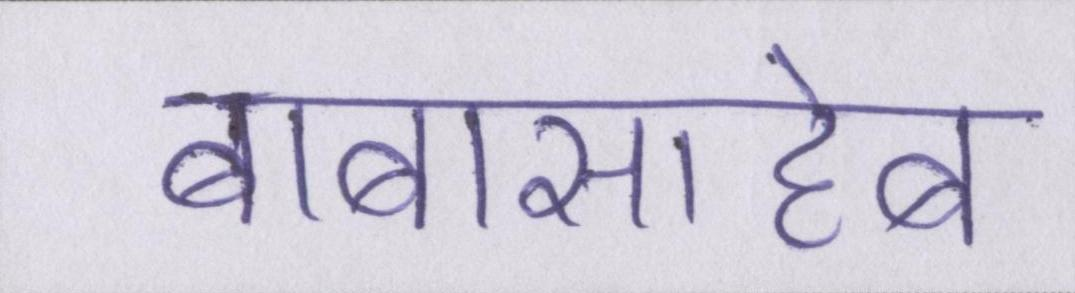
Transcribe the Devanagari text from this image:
बाबासाहेब